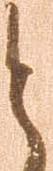
と